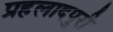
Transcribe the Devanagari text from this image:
प्रहलादपुरी